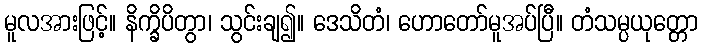
မူလအားဖြင့်။ နိက္ခိပိတွာ၊ သွင်းချ၍။ ဒေသိတံ၊ ဟောတော်မူအပ်ပြီ။ တံသမ္ပယုတ္တော